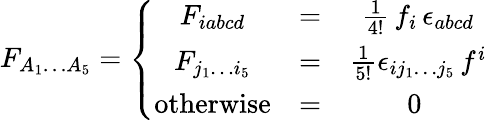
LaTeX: F_{A_{1}\dots A_{5}}=\left\{ \begin{array}{ccc}{{F_{iabcd}}}&{{=}}&{{\frac{1}{4!}\, f_{i}\, \epsilon_{abcd}}}\\ {{F_{j_{1}\dots i_{5}}}}&{{=}}&{{\frac{1}{5!}\epsilon_{ij_{1}\dots j_{5}}\, f^{i}}}\\ {{\mathrm{otherwise}}}&{{=}}&{{0\ }}\end{array}\right.